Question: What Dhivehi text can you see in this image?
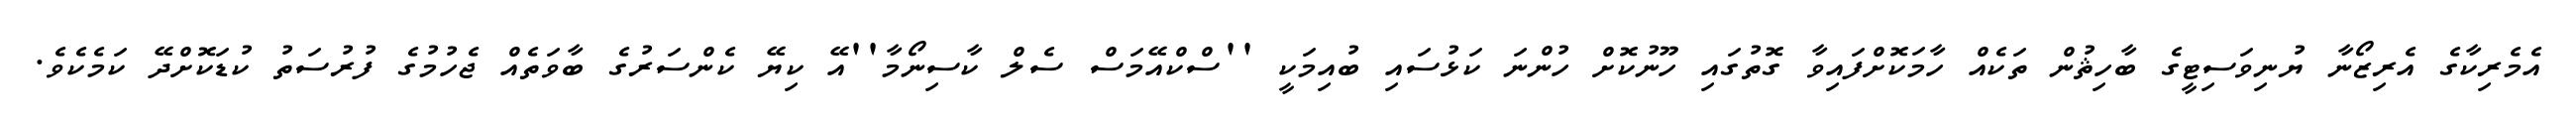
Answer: އެމެރިކާގެ އެރިޒޯނާ ޔުނިވަސިޓީގެ ބާހިޘުން ތަކެއް ހާމަކޮށްފައިވާ ގޮތުގައި ހޫނުކޮށް ހުންނަ ކަޅުސައި ބުއިމަކީ ''ސްކްއޭމަސް ސެލް ކާސިނޯމާ''އޭ ކިޔޭ ކެންސަރުގެ ބާވަތެއް ޖެހުމުގެ ފުރުސަތު ކުޑަކޮށްދޭ ކަމެކެވެ.